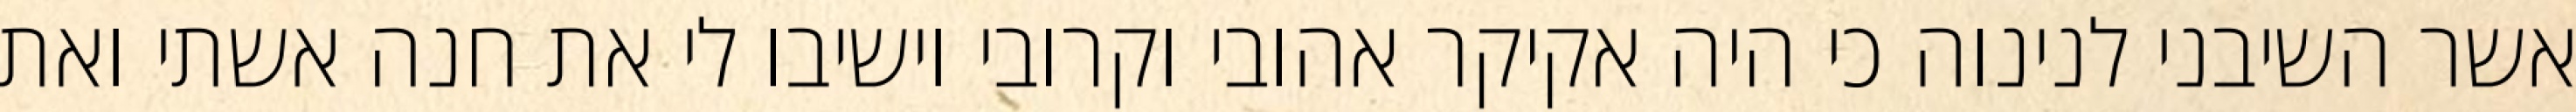
אשר השיבני לנינוה כי היה אקיקר אהובי וקרובי וישיבו לי את חנה אשתי ואת